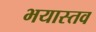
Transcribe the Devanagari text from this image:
भयास्तव